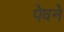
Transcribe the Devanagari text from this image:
पेवने